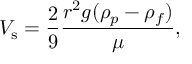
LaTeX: V _ { \mathrm { s } } = { \frac { 2 } { 9 } } { \frac { r ^ { 2 } g ( \rho _ { p } - \rho _ { f } ) } { \mu } } ,